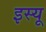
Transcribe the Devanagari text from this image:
इस्यू